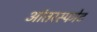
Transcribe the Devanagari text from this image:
आंतरस्फोट